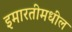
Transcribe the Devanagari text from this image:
इमारतीमधील